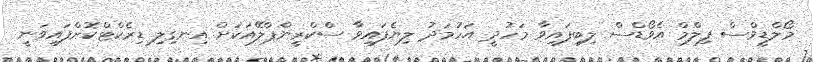
މޯލްޑީވްސް ފިލްމް އެވޯޑްސް ލިބިފައިވާ މަހުދީ އަހުމަދު ލިޔެފައިވާ ސްކްރީންޕްލޭއަކަށް އިނގިލި ޑިރެކްޓްކޮށްފައިވަނީ